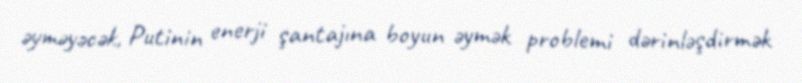
əyməyəcək, Putinin enerji şantajına boyun əymək problemi dərinləşdirmək